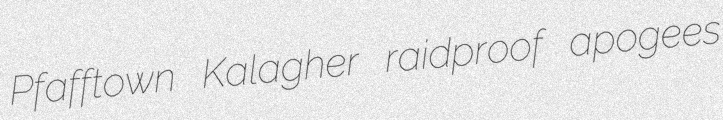
Pfafftown Kalagher raidproof apogees